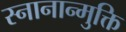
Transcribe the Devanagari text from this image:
स्नानान्मुक्ति